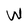
Character: W